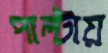
পাল্টায়